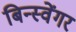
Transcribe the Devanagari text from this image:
बिन्स्वेंगर